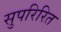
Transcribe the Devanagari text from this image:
सुपरिरित